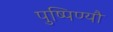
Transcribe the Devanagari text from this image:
पुष्पिण्यौ